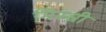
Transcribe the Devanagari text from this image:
मिस्स्री